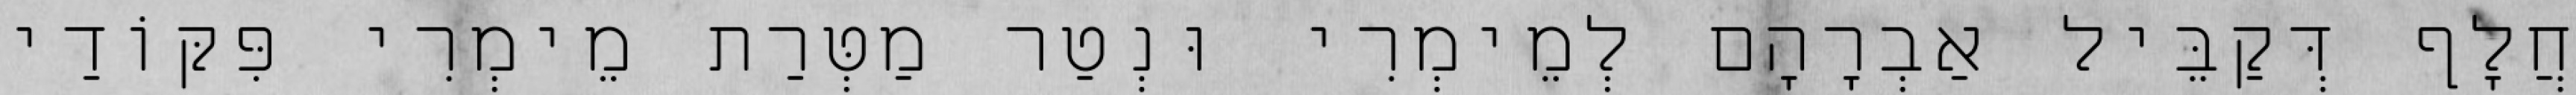
חֲלָף דְּקַבֵּיל אַבְרָהָם לְמֵימְרִי וּנְטַר מַטְּרַת מֵימְרִי פִּקּוֹדַי